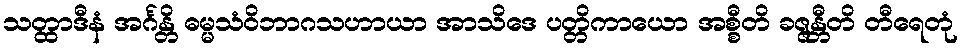
သတ္ထာဒီနံ အင်္ဂန္တိ ဓမ္မသံဝိဘာဂသဟာယာ အာသိဒေ ပတ္တိကာယော အစ္စီတိ ခဇ္ဇန္တီတိ တီရေတုံ